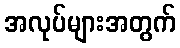
အလုပ်များအတွက်